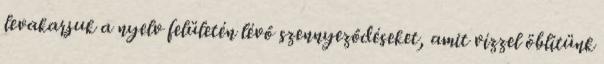
levakarjuk a nyelv felületén lévő szennyeződéseket, amit vízzel öblítünk